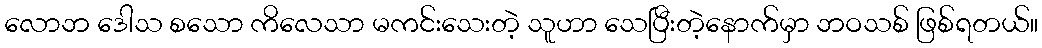
လောဘ ဒေါသ စသော ကိလေသာ မကင်းသေးတဲ့ သူဟာ သေပြီးတဲ့နောက်မှာ ဘဝသစ် ဖြစ်ရတယ်။